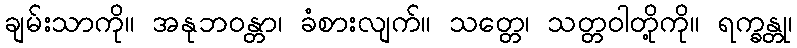
ချမ်းသာကို။ အနုဘဝန္တာ၊ ခံစားလျက်။ သတ္တေ၊ သတ္တဝါတို့ကို။ ရက္ခန္တု၊